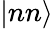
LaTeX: \left\vert nn\right\rangle